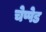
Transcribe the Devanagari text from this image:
चेप्पेड